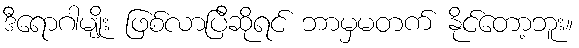
ဒီရောဂါမျိုး ဖြစ်လာပြီဆိုရင် ဘာမှမတက် နိုင်တော့ဘူး။